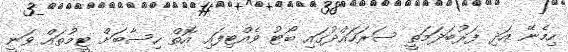
ހިމެނޭ އަދި ފަރުބަދަމަތީ ސަރަހައްދުގައި ބޯޓު ވެއްޓިފައި އޮތް ހިސާބަށް ޓީމުތައް ވަނީ